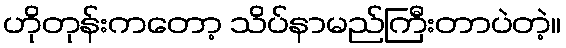
ဟိုတုန်းကတော့ သိပ်နာမည်ကြီးတာပဲတဲ့။